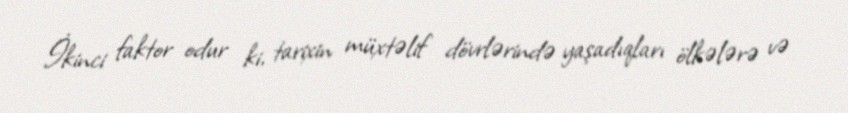
İkinci faktor odur ki, tarixin müxtəlif dövrlərində yaşadıqları ölkələrə və